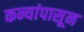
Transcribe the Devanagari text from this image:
कन्यांपासून